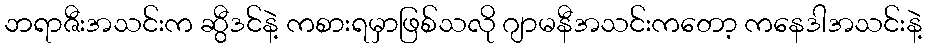
ဘရာဇီးအသင်းက ဆွီဒင်နဲ့ ကစားရမှာဖြစ်သလို ဂျာမနီအသင်းကတော့ ကနေဒါအသင်းနဲ့